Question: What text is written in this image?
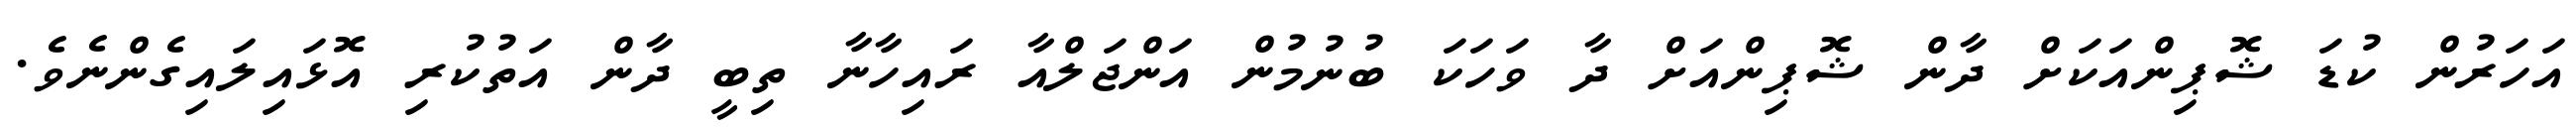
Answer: އަހަރުން ކުޑަ ޝޮޕިންއަކަށް ދާން ޝޮޕިންއަށް ދާ ވަހަކަ ބުނުމުން އަންޖަލްއާ ރައިހާނާ ތިބީ ދާން އަތުކުރި އޮޅައިލައިގެންނެވެ.